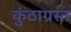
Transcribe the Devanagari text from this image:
कुंठाग्रस्त